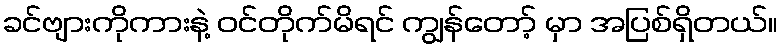
ခင်ဗျားကိုကားနဲ့ ဝင်တိုက်မိရင် ကျွန်တော့် မှာ အပြစ်ရှိတယ်။